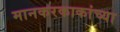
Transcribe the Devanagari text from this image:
मानकरकाकांच्या